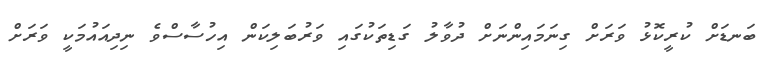
ބަނޑަށް ކުރީކޮޅު ވަރަށް ގިނަމައިންނަށް ދުވާލު ގަޑިތަކުގައި ވަރުބަލިކަން އިހުސާސްވެ ނިދިއައުމަކީ ވަރަށް